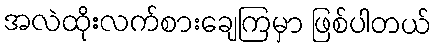
အလဲထိုးလက်စားချေကြမှာ ဖြစ်ပါတယ်